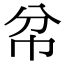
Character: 𢁥